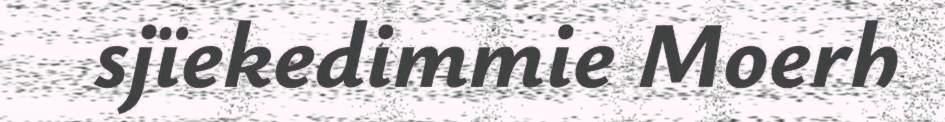
sjïekedimmie Moerh